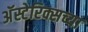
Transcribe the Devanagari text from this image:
अॅस्टेरिक्सच्या